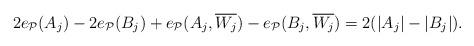
LaTeX: \begin{align*} 2e_{\mathcal{P}}(A_j) - 2e_{\mathcal{P}}(B_j) + e_{\mathcal{P}}(A_j,\overline{W_j}) - e_{\mathcal{P}}(B_j,\overline{W_j}) = 2(|A_j|-|B_j|).\end{align*}